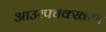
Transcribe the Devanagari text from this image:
आउरपचक्खाण